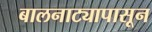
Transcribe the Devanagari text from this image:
बालनाट्यापासून